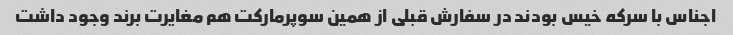
اجناس با سرکه خیس بودند در سفارش قبلی از همین سوپرمارکت هم مغایرت برند وجود داشت